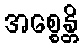
အစ္စေန္တိ